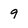
Character: 9